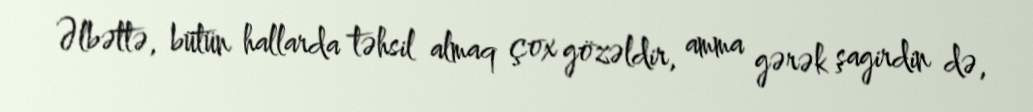
Əlbəttə, bütün hallarda təhsil almaq çox gözəldir, amma gərək şagirdin də,